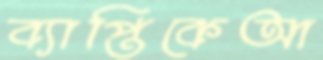
ব্যাপ্তিকেআ